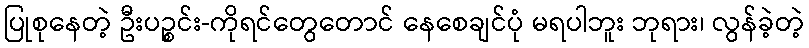
ပြုစုနေတဲ့ ဦးပဉ္စင်း-ကိုရင်တွေတောင် နေစေချင်ပုံ မရပါဘူး ဘုရား၊ လွန်ခဲ့တဲ့